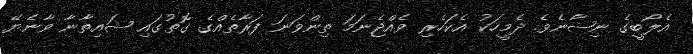
އެލޯބީގެ ނިޝާނެވެ. ދެމީހަކު އެކަހެރި ވެއްޖެނަމަ ތިންވަނަ ފަރާތެއްގެ ގޮތުގައި ޝައިތާނާ ވާނެޔޭ